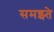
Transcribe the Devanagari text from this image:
समझ्ते